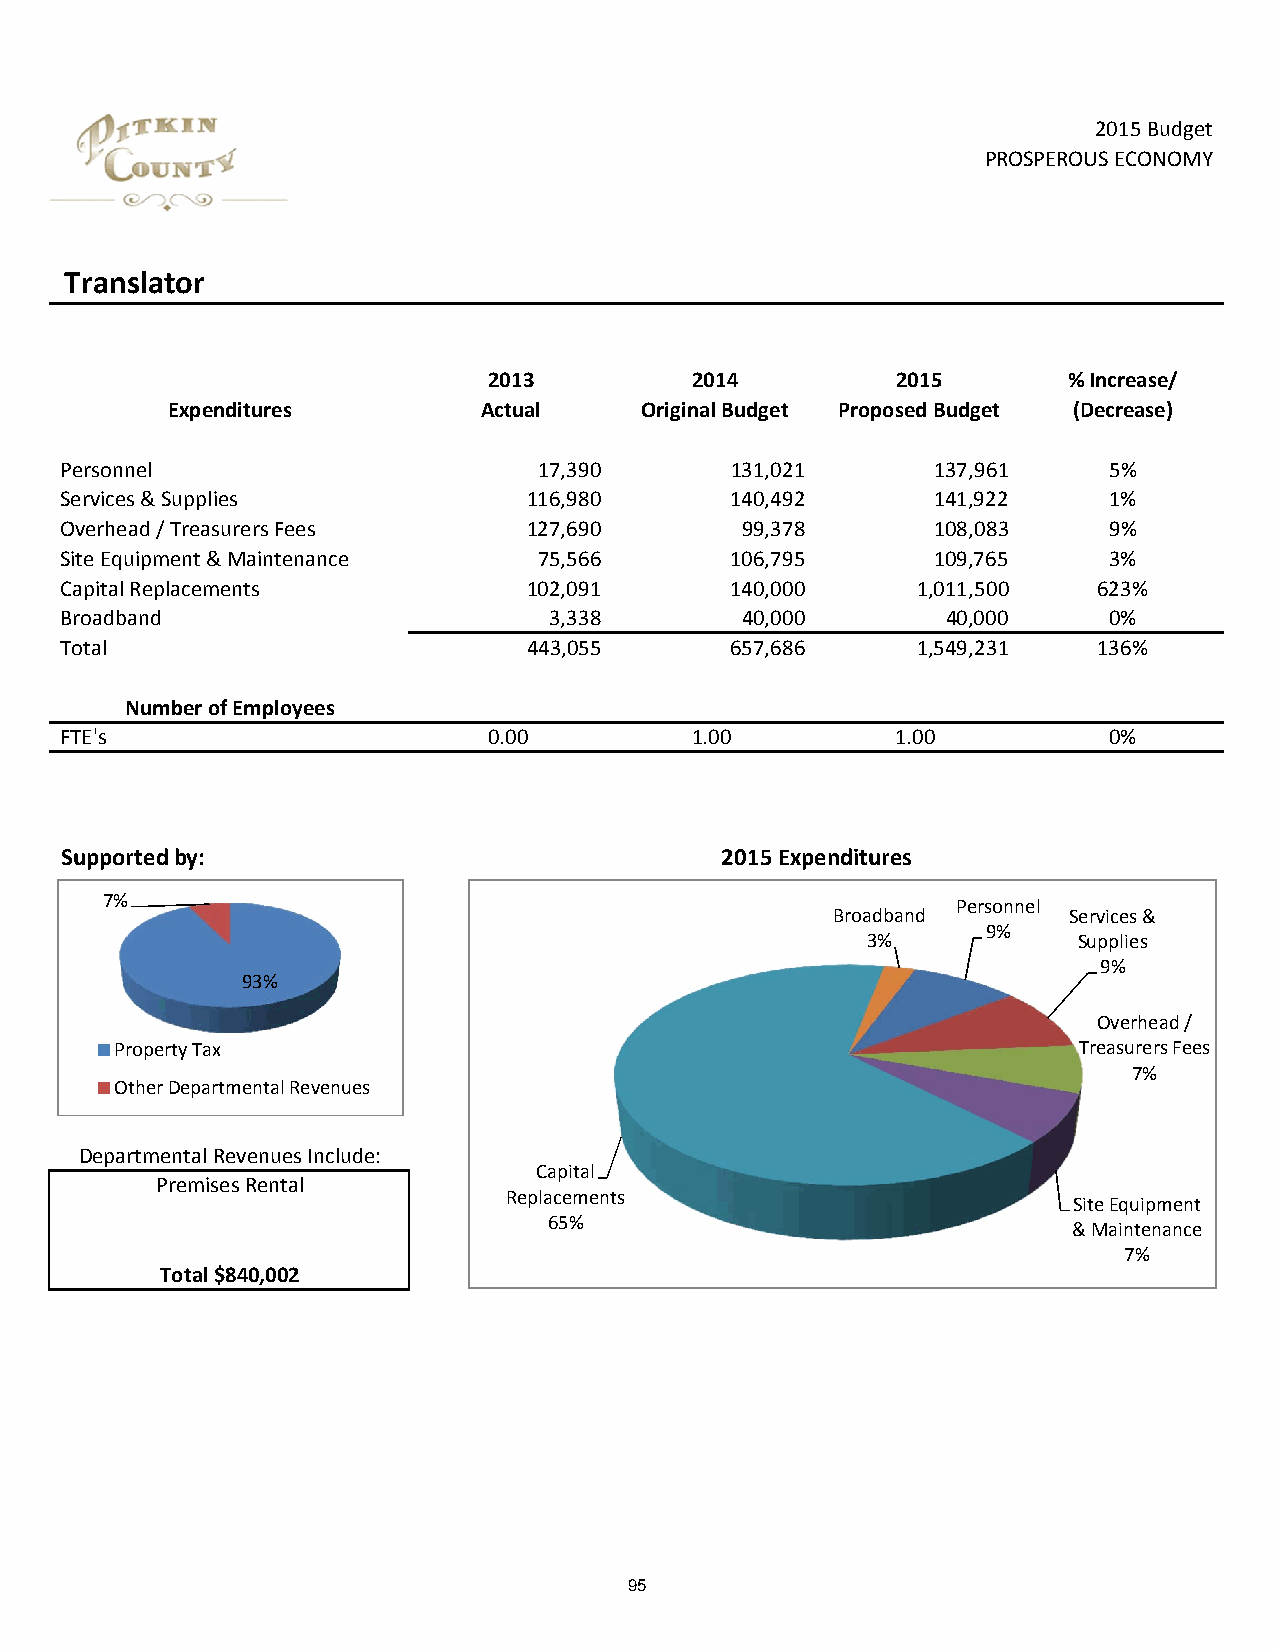
2015 Budget
 PROSPEROUS ECONOMY
 Translator
 2013          2014         2015        % Increase/
 Expenditures         Actual    Original Budget Proposed Budget (Decrease)
 Personnel                       17,390      131,021       137,961    5%
 Services & Supplies            116,980      140,492       141,922    1%
 Overhead / Treasurers Fees     127,690       99,378       108,083    9%
 Site Equipment & Maintenance    75,566      106,795       109,765    3%
 Capital Replacements           102,091      140,000      1,011,500   623%
 Broadband                       3,338        40,000        40,000    0%
 Total                          443,055      657,686      1,549,231   136%
 Number of Employees
 FTE's                       0.00          1.00         1.00          0%
 Supported by:                               2015 Expenditures
 7%                                                      Personnel
 Broadband       Services &
 9%
 3%            Supplies
 9%
 93%
 Overhead /
 Property Tax                                                   Treasurers Fees
 7%
 Other Departmental Revenues
 Departmental Revenues Include:
 Capital
 Premises Rental
 Replacements
 Site Equipment
 65%
 & Maintenance
 7%
 Total $840,002
 95